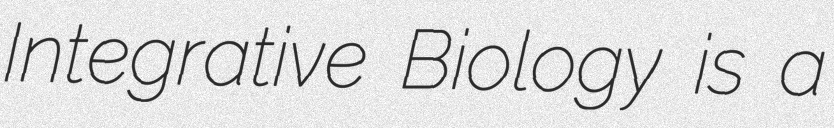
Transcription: Integrative Biology is a